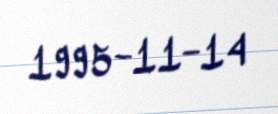
1995-11-14